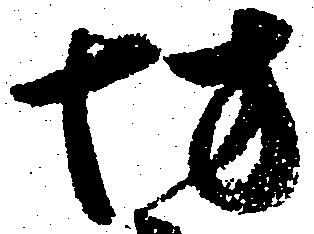
坊